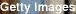
Getty Images